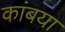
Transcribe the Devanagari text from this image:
कांबया